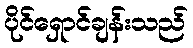
ပိုင်ရှောင်ချန်းသည်